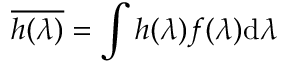
\overline { { h ( \lambda ) } } = \int h ( \lambda ) f ( \lambda ) \mathrm { d } \lambda